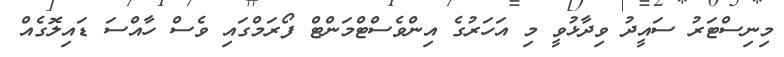
މިނިސްޓަރު ސައީދު ވިދާޅުވީ މި އަހަރުގެ އިންވެސްޓްމަންޓް ފޯރަމްގައި ވެސް ހާއްސަ ޑައިލޮގެއް